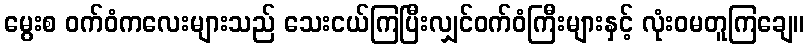
မွေးစ ဝက်ဝံကလေးများသည် သေးငယ်ကြပြီးလျှင်ဝက်ဝံကြီးများနှင့် လုံးဝမတူကြချေ။